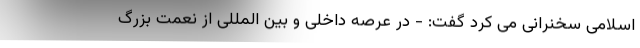
اسلامی سخنرانی می کرد گفت: - در عرصه داخلی و بین المللی از نعمت بزرگ